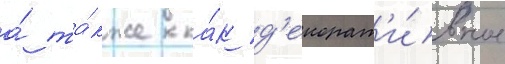
а́ та́кже ка́к д'екорат'и́вное